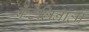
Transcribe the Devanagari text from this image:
कॅटेलिनाला